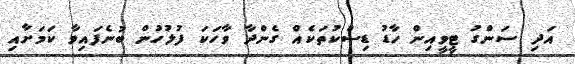
އަދި ސަންގު ޓީވީއިން ހާޑު ޑިސްކުތަކެއް ގެންދާ ވާހަކަ ފުލުހުން ބުނެފައިވާ ކަމަށާއި